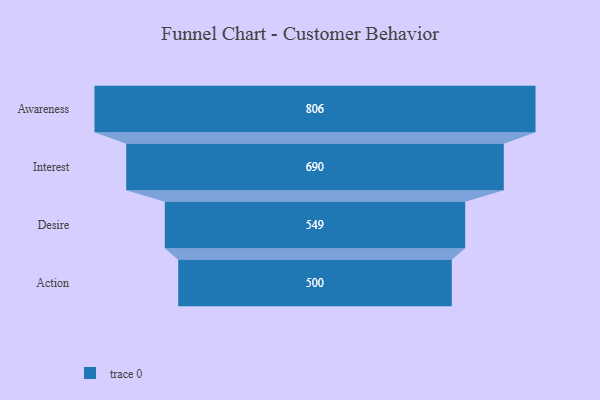
{"axis": {"x": "Stage", "y": "Value"}, "legend": [""], "data": [{"x": "Awareness", "y": 806.0, "type": ""}, {"x": "Interest", "y": 690.0, "type": ""}, {"x": "Desire", "y": 549.0, "type": ""}, {"x": "Action", "y": 500, "type": ""}]}